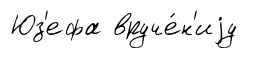
Юз'ефа вруче́н'иjу